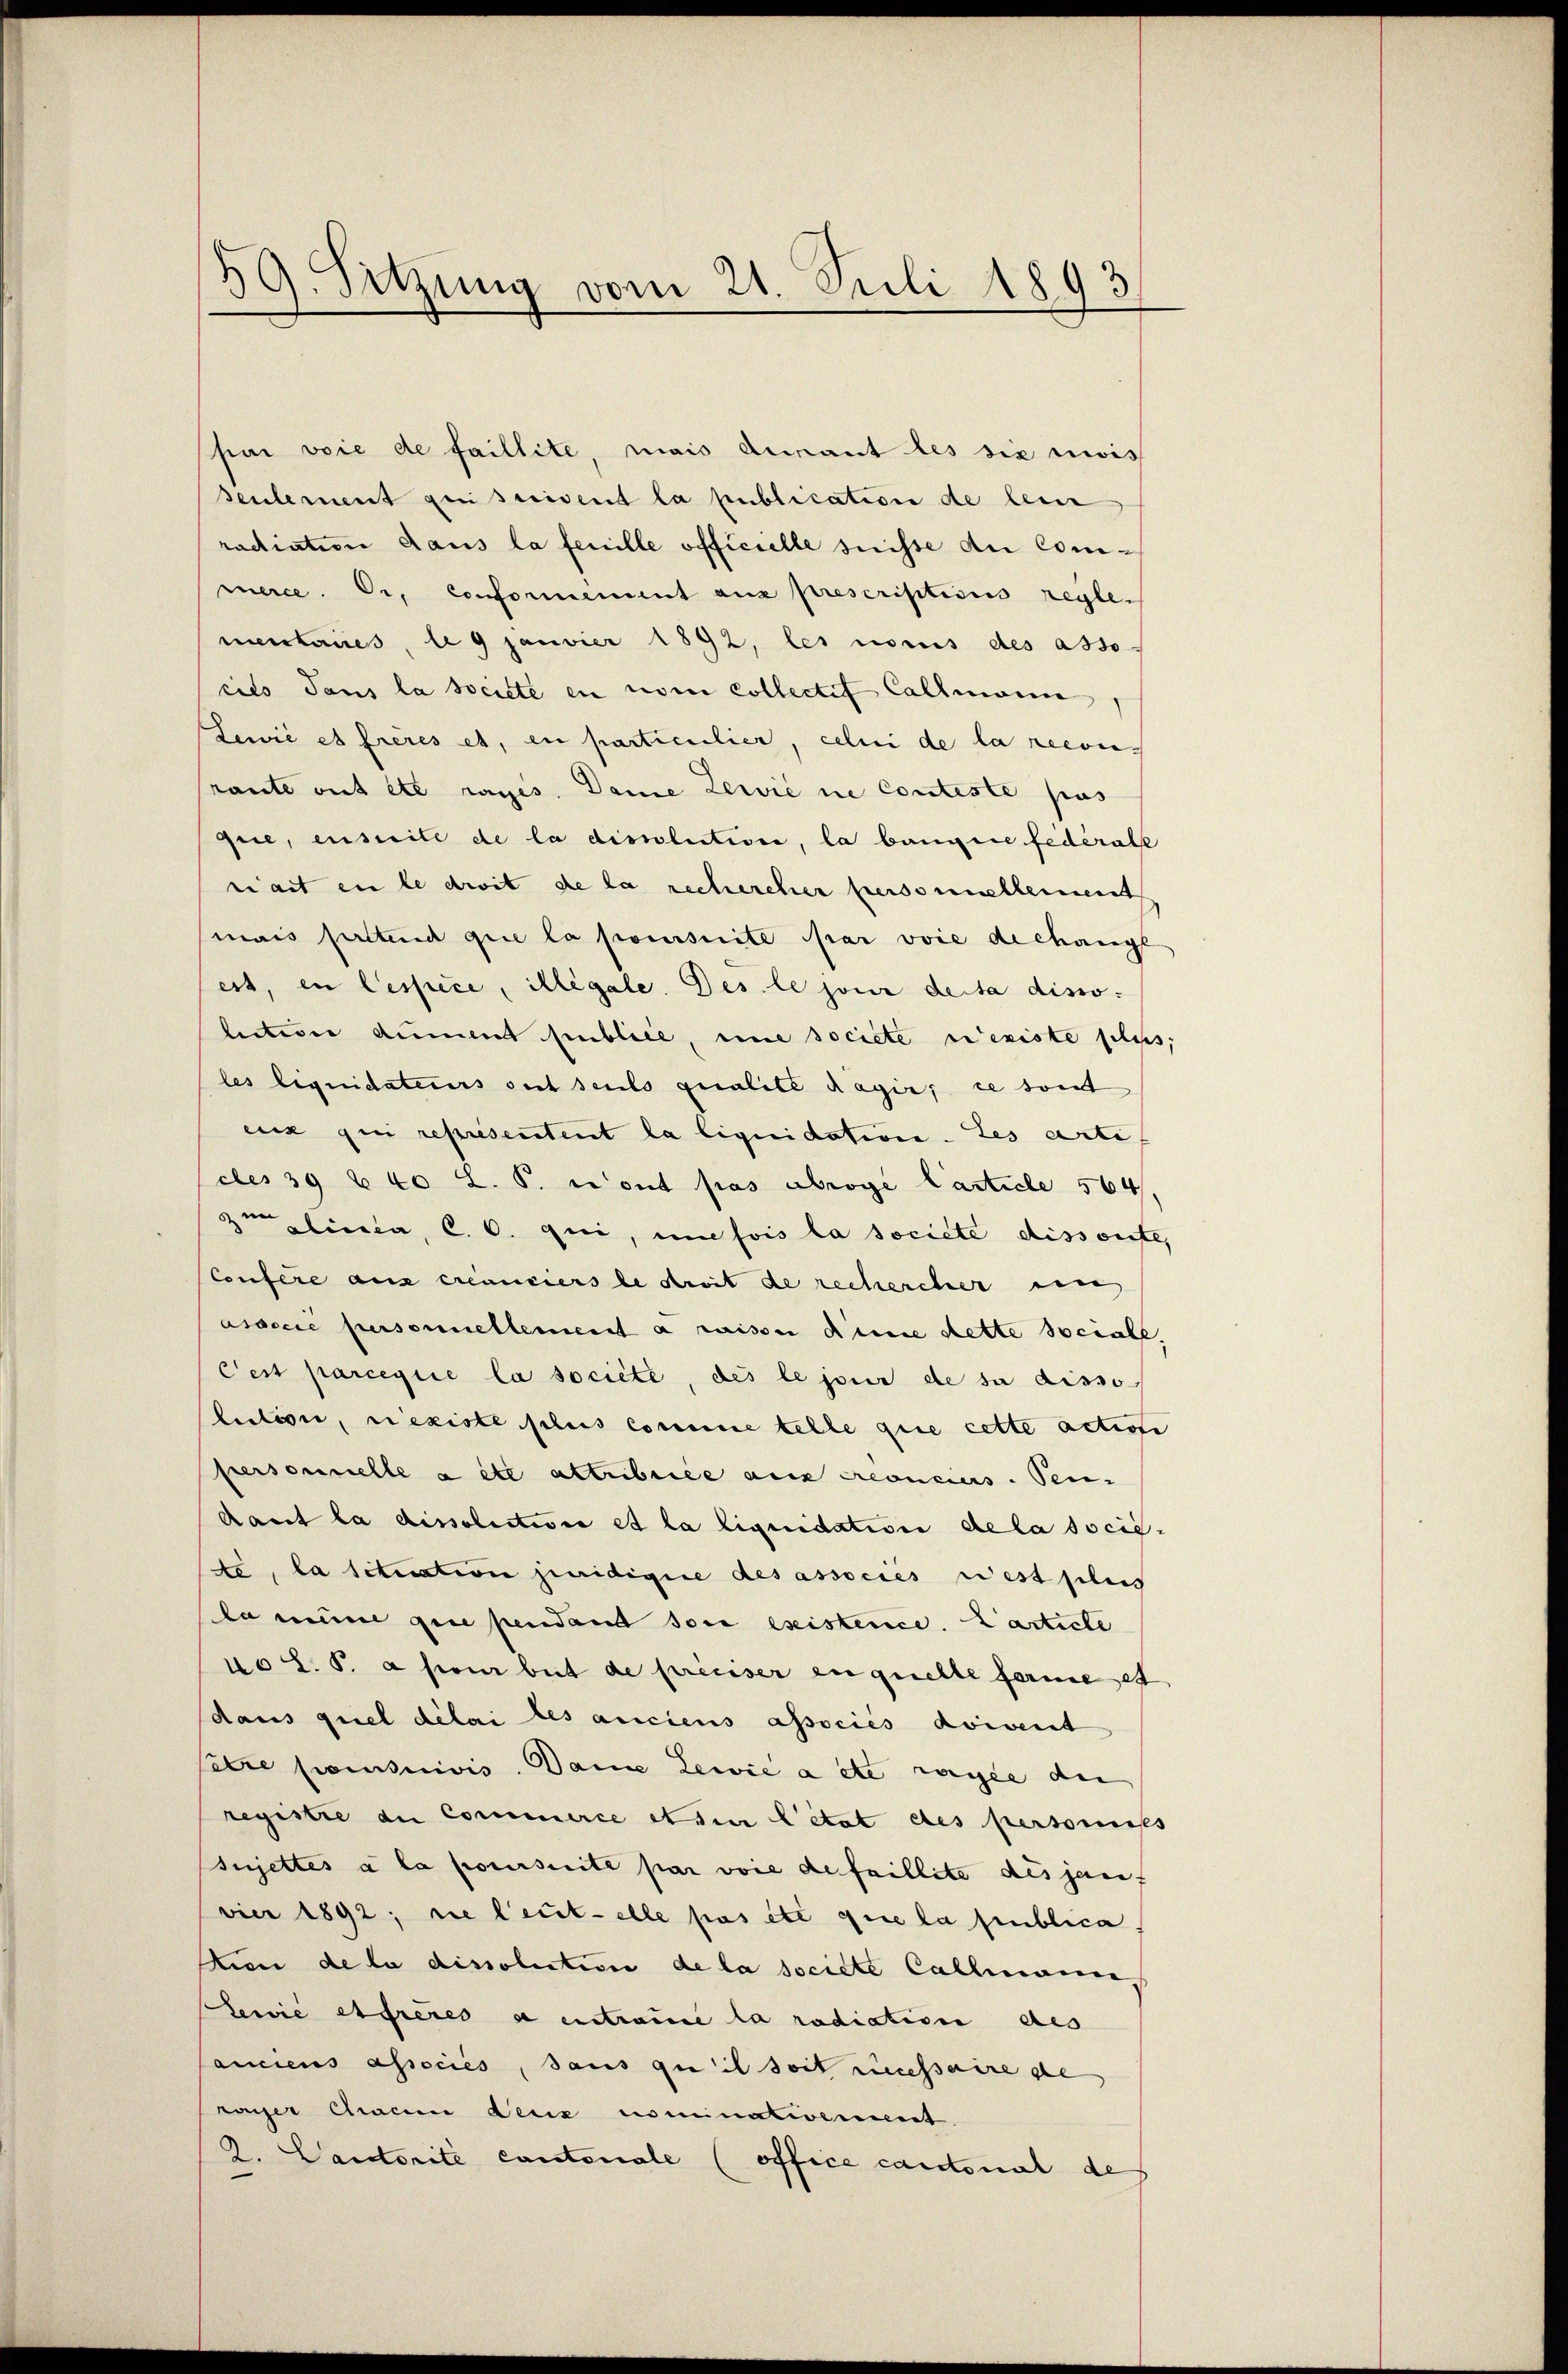
par voie de faillite, mais durant les sie zwis
seulement qui suivent la publication de lein
radiation dans la feuille officielle suisse an Commerce. Dr. Conformement aus prescriptions reglementaires, le 9 Janvier 1892, les nomis des asso
eits dans la societe en vom Collectit Callmann,
Lewić es frères et, en particulier, celui de la reconn
rante mit etc rages. Dame Zerie ne conteste pas
que, enseile de la dissolutione, la bangene Federate
niait en le droit de la rechercher personnelleiment
mais seltend que la poursuite par voie dechange
ert, en lespice, illégale. Des le jour decta disso-
leiterer aument semblell, une societe n’existe selis,
les liquidatecurs seit seuls qualite dagir ce tout
eux qui representent la liquidation. Les arti
ebes 39 Z 60 L. P. Tout pas abrogé Carticle 564.
m linea, C. C. qui, und fois la societe dissorte,
Confere aus créanciers le droit de rechercher eine
associe personnellement à raiser dene dette sociale,
Cest parceque la societe, des le jour de sa disso
lection, rexiste plus comme telle que cette actione
personnelle a été attribuiée aus Preonciers. Pen-
dant la dissolution et la liquidation de la societi, la situation juridigire des associes rest geleis
la mine que pendant soi esistence. Carticle
no L. P. a pour but de preuser en quelle ferne et
dans quel délai les anciens associes doivent
itre pomsuivis. Dame Lewie a etc rogie der
registre de Commerce et sur l’état des personiss
sujettes à la poursuite par voie de faillite des janf
vier 1892; sie leutelle pas été que la publica
tien de la dissolution de la societe Callmann,
Lewie es frères à entraue la radiction des
anciens associés, sans qu il soit recessaire de
vonser Chacen deux nominativement
K. Cantorité cantonale (office cantonal de

59. Setzung vom 21. Juli 1893.